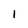
Character: l